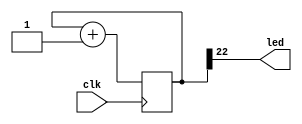
module LEDblink(clk, led);
input clk;     // clock typically from 10MHz to 50MHz
output led;

// create a binary counter
reg [31:0] cnt;
always @(posedge clk) cnt <= cnt+1;

assign led = cnt[22];    // blink the LED at a few Hz (using the 23th bit of the counter, use a different bit to modify the blinking rate)
endmodule